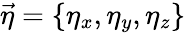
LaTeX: \vec{\eta}=\{ \eta_{x},\eta_{y},\eta_{z}\}